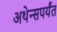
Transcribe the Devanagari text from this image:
अथेन्सपर्यंत